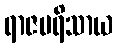
ရာဇပရိသာယ